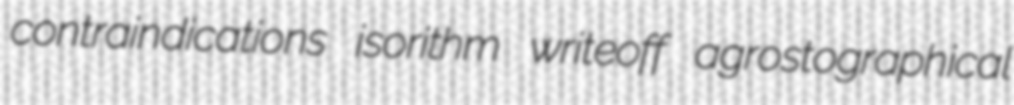
contraindications isorithm writeoff agrostographical